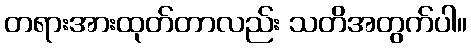
တရားအားထုတ်တာလည်း သတိအတွက်ပါ။